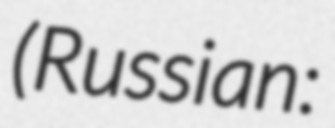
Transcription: (Russian: